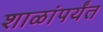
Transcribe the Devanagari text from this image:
शाळांपर्यंत